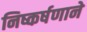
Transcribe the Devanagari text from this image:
निष्कर्षणाने